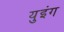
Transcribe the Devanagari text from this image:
युइंग